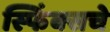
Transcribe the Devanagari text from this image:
स्फिंक्सचे